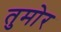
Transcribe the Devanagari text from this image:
तुमोर